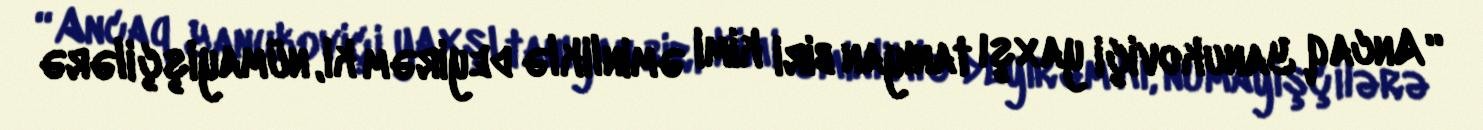
“Ancaq Yanukoviçi yaxşı tanıyan biri kimi əminliklə deyirəm ki, nümayişçilərə